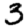
Digit: 3